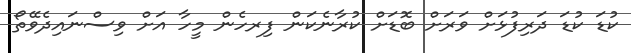
ކުޑަ ކުޑަ ދަރިފުޅަށް ވަރަށް ބޮޑަށް ކުރާނެކަން ފިރހެން މީހާ އަށް ވިސްނައިދެވޭތޯ